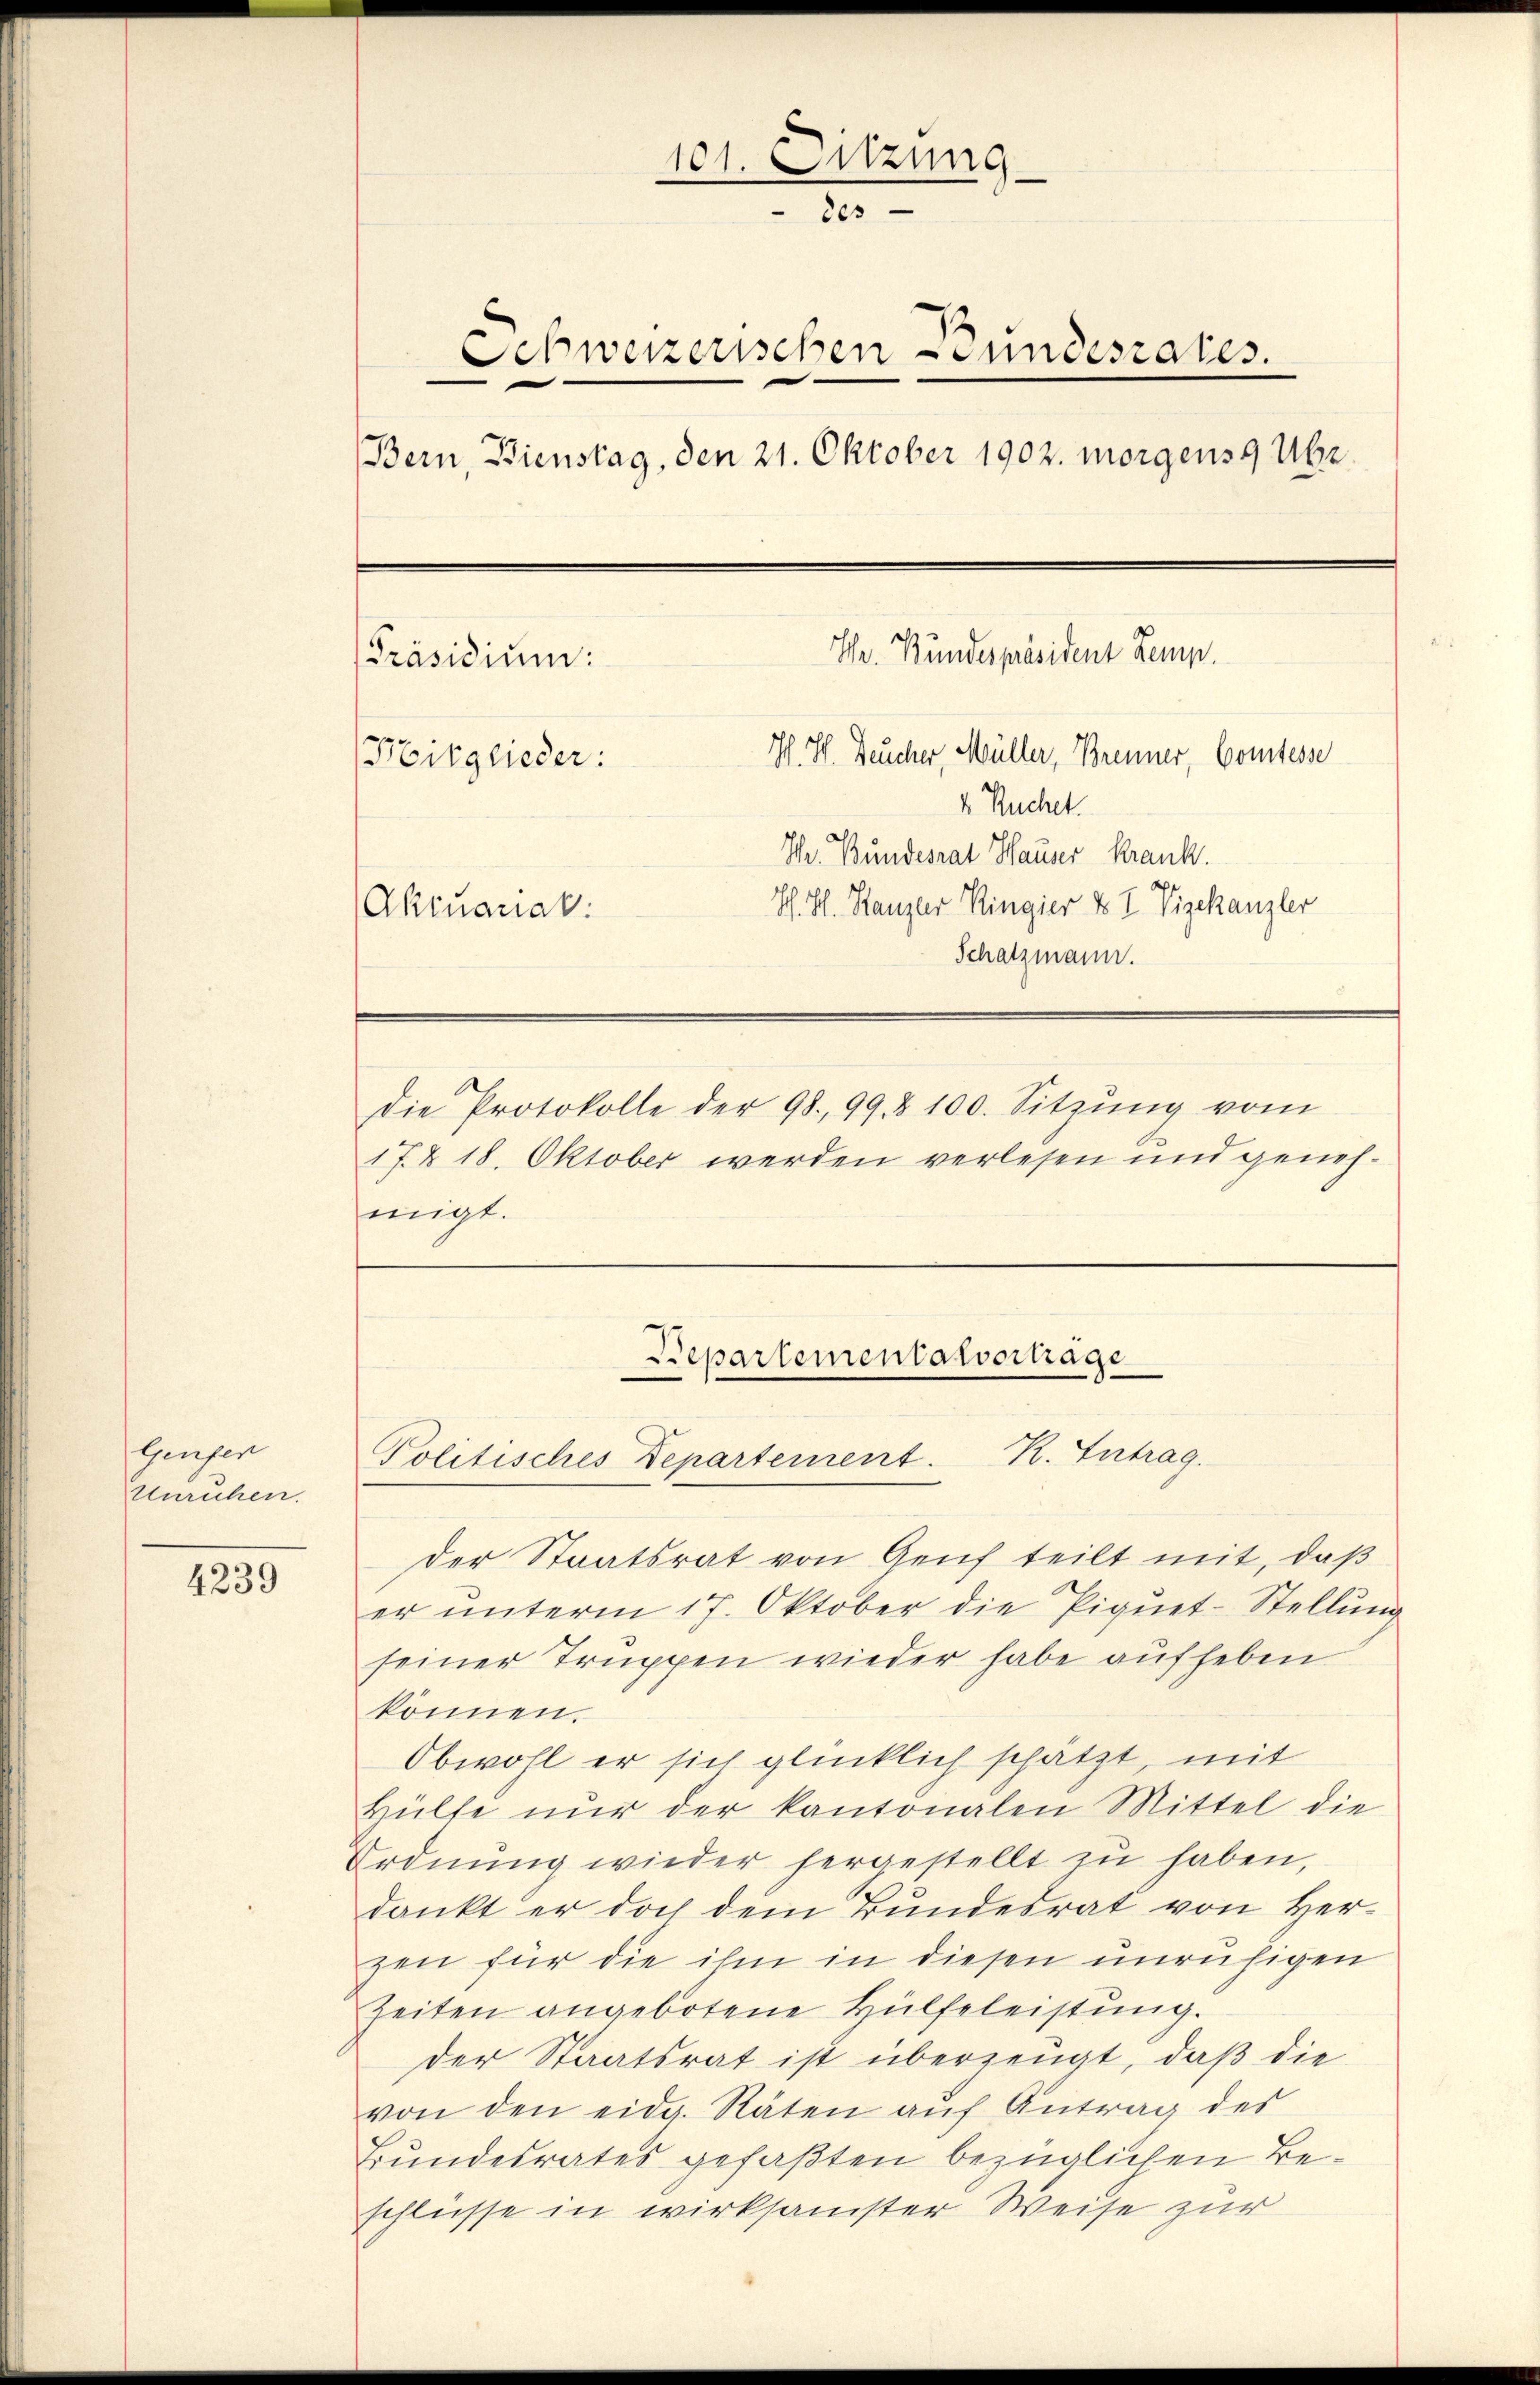
Geuser
Unruhen.

4239

101. Sitzung
ces
Schweizerischen Bundesrates.
Bern, Dienstag, den 21. Oktober 1902. morgens 9 Uhr.
Chr. Bundespräsident Lemp.
[Präsidium:
H. H. Deucher, Müller, Brenner, Comtesse
Mitglieder:
4 Ruchet.
Thr. Bundesrat Hauser Krank.
H. H. Kanzler Ringier & I Vizekanzler
Aktuariat
Schatzmann.
Die Protokolle der 98. 99. 100. Sitzŭng vom
17. & 18. Oktober werden verlesen und genehmigt.

der Staatsrat von Genf teilt mit, daß
er unterm 17. Oktober die Piquet-Stellung
seiner Truppen wieder habe aufheben
können.
Obwohl er sich glücklich schätzt, mit
Hülfe nŭr der kantonalen Mittel die
Ordnŭng wieder hergestellt zŭ haben,
dankt er doch dem Bundesrat von Herzen für die ihm in diesen unruhigen
Zeiten angebotene Hülfeleistŭng.
der Staatsrat ist überzeugt, daß die
von den eidg. Räten auf Antrag der
Bundesrates gefaßten bezüglichen Beschlüsse in wirksamster Weise zur

Departementarvortrage
Politisches Departement. R. Eintrag/Antrag.